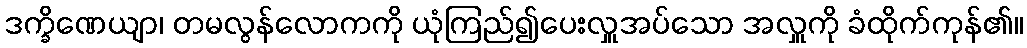
ဒက္ခိဏေယျာ၊ တမလွန်လောကကို ယုံကြည်၍ပေးလှူအပ်သော အလှူကို ခံထိုက်ကုန်၏။